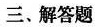
三、解答题